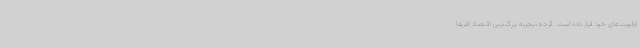
اولویت‌های خود قرار داده است. گرچه نیجریه بزرگ‌ترین اقتصاد آفریقا